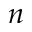
n